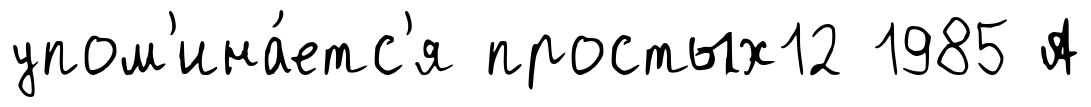
упом'ина́етс'я простых12 1985 А